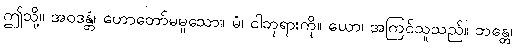
ဤသို့။ အဝဒန္တံ၊ ဟောတော်မမူသော။ မံ၊ ငါဘုရားကို။ ယော၊ အကြင်သူသည်။ ဘန္တေ၊